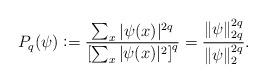
LaTeX: \begin{align*}P_q(\psi) \vcentcolon= \frac{\sum_x |\psi(x)|^{2q}}{\left[ \sum_x |\psi(x)|^2 \right]^q } = \frac{\| \psi \|_{2q}^{2q}}{\| \psi \|_2^{2q}} .\end{align*}